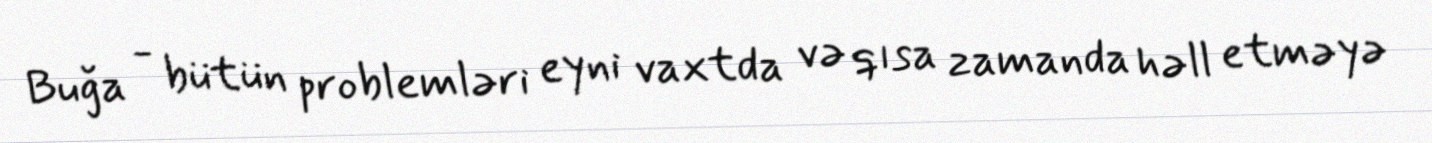
Buğa - bütün problemləri eyni vaxtda və qısa zamanda həll etməyə